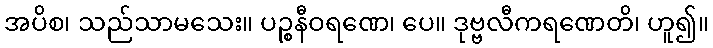
အပိစ၊ သည်သာမသေး။ ပဉ္စနီဝရဏေ၊ ပေ။ ဒုဗ္ဗလီကရဏေတိ၊ ဟူ၍။